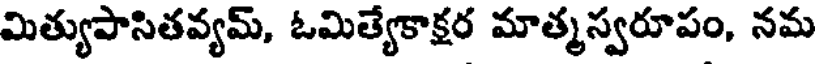
మిత్యుపాసితవ్యమ్, ఓమిత్యేకాక్షర మాత్మస్వరూపం, నమ